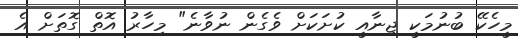
މީހެކޭ ބުނުމަކީ ޖިނާއީ ކުށަކަށް ވެގެން ނުވާނެ" މިހާރު އޮތް ގޮތަށް އެ